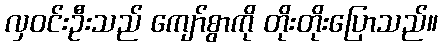
လှဝင်းဦးသည် ကျော်စွာကို တိုးတိုးပြောသည်။